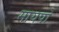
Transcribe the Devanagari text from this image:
मायपो